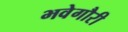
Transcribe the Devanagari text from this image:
भवेगौरी